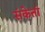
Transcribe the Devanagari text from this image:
संकेतां